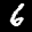
Label: 6